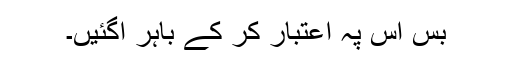
بس اس پہ اعتبار کر کے باہر آگئیں۔